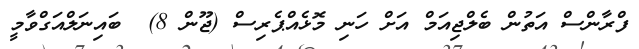
ފްރާންސް އަތުން ބެލްޖިއަމް އަށް ހަނި މޮޅެއްޕެރިސް (ޖޫން 8)  ބައިނަލްއަގްވާމީ